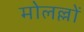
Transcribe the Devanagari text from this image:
मोलल्लों